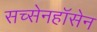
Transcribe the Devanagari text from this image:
सच्सेनहॉसेन